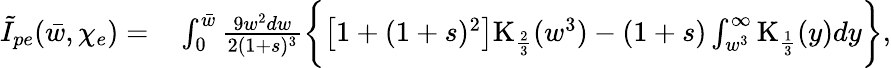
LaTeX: \begin{array}{rl}{\tilde{I}_{pe}(\bar{w},\chi_{e})=}&{{}\int_{0}^{\bar{w}}\frac{9w^{2}dw}{2(1+s)^{3}}\biggl\{ \left[1+(1+s)^{2}\right]\mathrm{K}_{\frac{2}{3}}(w^{3})-(1+s)\int_{w^{3}}^{\infty}\mathrm{K}_{\frac{1}{3}}(y)dy\biggr\} ,}\end{array}